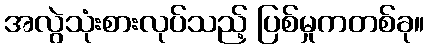
အလွဲသုံးစားလုပ်သည့် ပြစ်မှုကတစ်ခု။